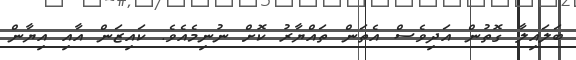
ބަަލައިލާ ގޮތުން އަދިވެސް އެތަން ތައްޔާރު ކޮށް ނުނިމެއެވެ. ކައިޒަން އާއި އިޔާން